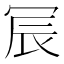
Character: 𫤹